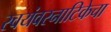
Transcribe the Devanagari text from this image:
स्वयंवरनाटिकेचा